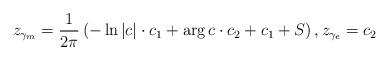
LaTeX: \begin{align*}z_{\gamma_m} = \frac{1}{2\pi} \left( -\ln|c| \cdot c_1 + \arg c \cdot c_2 + c_1 + S \right), z_{\gamma_e} =c_2\end{align*}